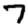
Digit: 7